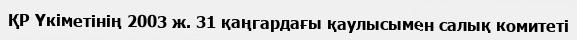
ҚР Үкіметінің 2003 ж. 31 қаңгардағы қаулысымен салық комитеті